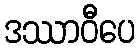
ဒဿာဝီပေ